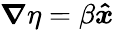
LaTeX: \boldsymbol{\nabla}\eta=\beta\boldsymbol{\hat{x}}